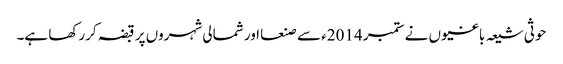
حوثی شیعہ باغیوں نے ستمبر 2014ء سے صنعا اور شمالی شہروں پر قبضہ کررکھا ہے۔